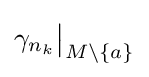
\gamma _{n_{k}}{\big |}_{M\setminus \{a\}}